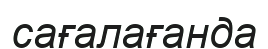
сағалағанда